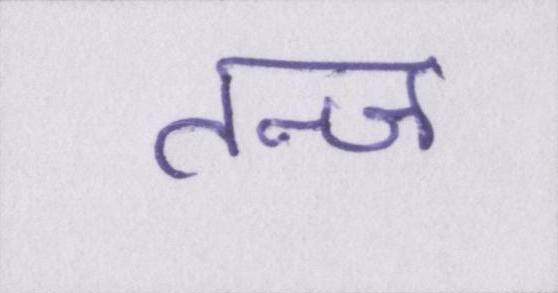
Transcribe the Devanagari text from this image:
तन्ज